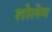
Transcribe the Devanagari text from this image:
शोलेम